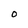
Character: 0